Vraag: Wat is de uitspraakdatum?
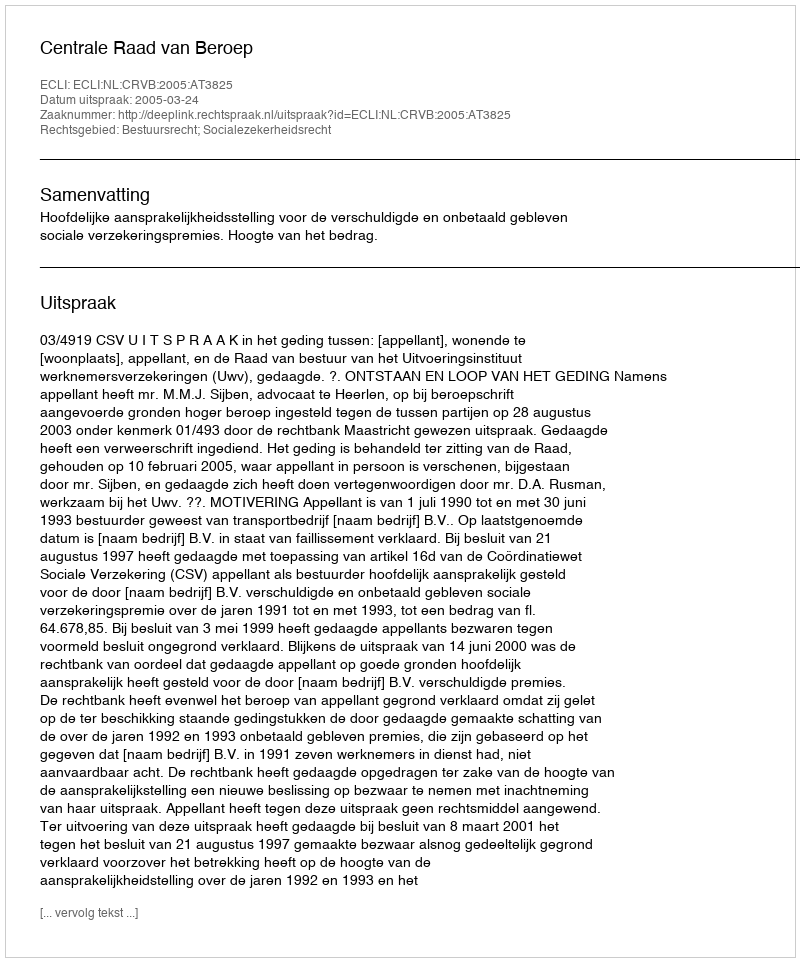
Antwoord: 2005-03-24